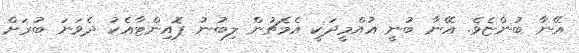
އޭނާ ބުންޏެވެ. އޭނާ ބުނީ އުއްމީދަކީ އެމެޗުން ލިބުނު ޕޮއިންޓާއެކު ދެވަނަ ބުރަށް